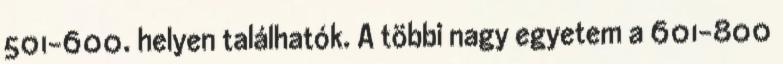
501-600. helyen találhatók. A többi nagy egyetem a 601-800